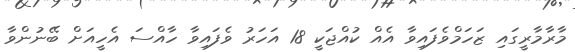
މާރާމާރީގައި ޒަހަމްވެފައިވާ އެއް ކުއްޖަކީ 18 އަހަރު ވެފައިވާ ހާއްސަ އެހީއަށް ބޭނުންވާ